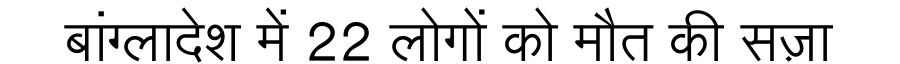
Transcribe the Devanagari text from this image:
बांग्लादेश में 22 लोगों को मौत की सज़ा